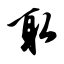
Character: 取